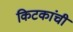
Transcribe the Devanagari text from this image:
किटकांची